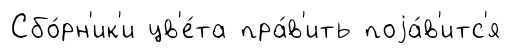
Сбо́рн'ик'и цв'е́та пра́в'ить поjа́в'итс'я